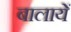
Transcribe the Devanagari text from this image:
बालायें